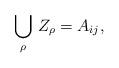
LaTeX: \begin{align*}\bigcup_\rho\, Z_\rho=A_{ij},\end{align*}